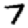
Digit: 7